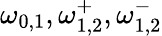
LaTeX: \omega_{0,1},\omega_{1,2}^{+},\omega_{1,2}^{-}